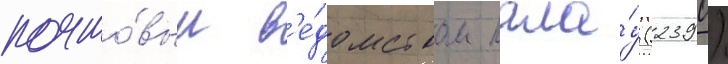
почто́вым в'е́домством пала́у (2390)